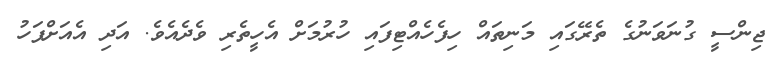
ޖިންސީ ގުނަވަނުގެ ތެރޭގައި މަނިތައް ހިފެހެއްޓިފައި ހުރުމަށް އެހީތެރި ވެދެއެވެ. އަދި އެއަށްފަހު